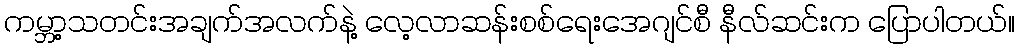
ကမ္ဘာ့သတင်းအချက်အလက်နဲ့ လေ့လာဆန်းစစ်ရေးအေဂျင်စီ နီလ်ဆင်းက ပြောပါတယ်။